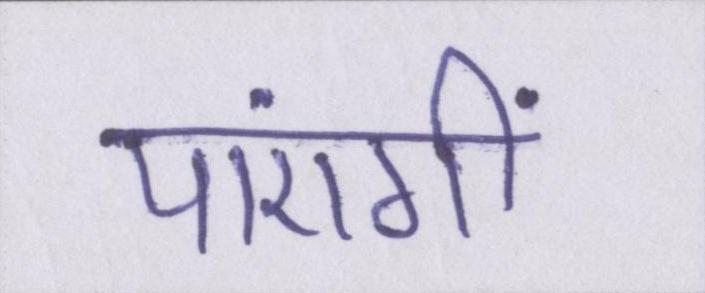
पाएंगीं